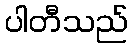
ပါတီသည်